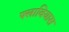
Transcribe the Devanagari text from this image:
फ्लावियास